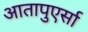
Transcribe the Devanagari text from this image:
आतापुएर्सा